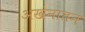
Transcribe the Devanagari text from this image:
अखेनातन